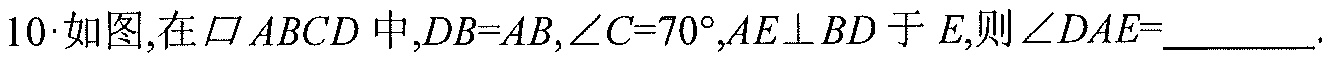
10. 如图,在$\square ABCD$中,$DB = AB$,$\angle C = 70^{\circ}$,$AE\perp BD$于$E$,则$\angle DAE=$________.